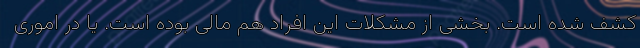
کشف شده است. بخشی از مشکلات این افراد هم مالی بوده است. یا در اموری